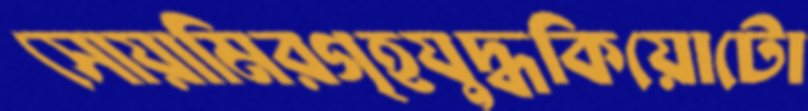
সোয়ামিরগৃহযুদ্ধকিয়োটো